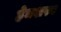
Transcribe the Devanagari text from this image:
हेमशस्य